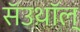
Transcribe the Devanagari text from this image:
सॅउथ़ॉल्